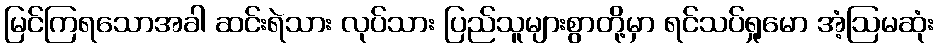
မြင်ကြရသောအခါ ဆင်းရဲသား လုပ်သား ပြည်သူများစွာတို့မှာ ရင်သပ်ရှုမော အံ့ဩမဆုံး